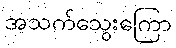
အသက်သွေးကြော